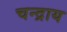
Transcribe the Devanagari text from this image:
चन्द्राय